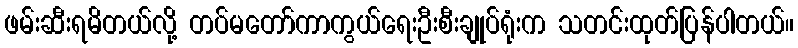
ဖမ်းဆီးရမိတယ်လို့ တပ်မတော်ကာကွယ်ရေးဦးစီးချုပ်ရုံးက သတင်းထုတ်ပြန်ပါတယ်။